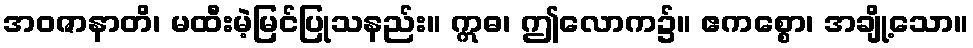
အဝဇာနာတိ၊ မထီးမဲ့မြင်ပြုသနည်း။ ဣဓ၊ ဤလောက၌။ ဧကစ္စော၊ အချို့သော။